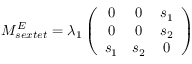
M _ { s e x t e t } ^ { E } = \lambda _ { 1 } \left( \begin{array} { c c c } { { 0 } } & { { 0 } } & { { s _ { 1 } } } \\ { { 0 } } & { { 0 } } & { { s _ { 2 } } } \\ { { s _ { 1 } } } & { { s _ { 2 } } } & { { 0 } } \end{array} \right)